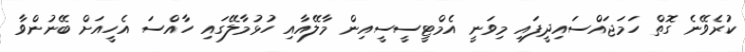
ކުރެވޭނެ ގޮތް ހަމަޖައްސައިދީފައި މިވަނީ އެމްޓީސީސީއިން މާލޭއާއި ހުޅުމާލޭގައި ހާއްސަ އެހީއަށް ބޭނުންވާ